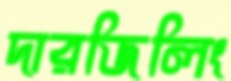
দারজিলিং